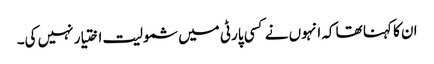
ان کا کہنا تھا کہ انہوں نے کسی پارٹی میں شمولیت اختیار نہیں کی۔